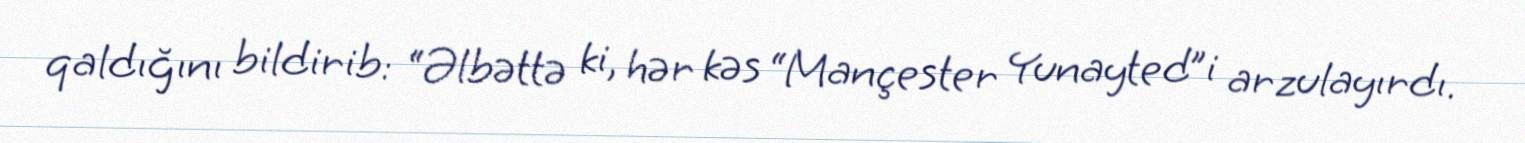
qaldığını bildirib: “Əlbəttə ki, hər kəs “Mançester Yunayted”i arzulayırdı.